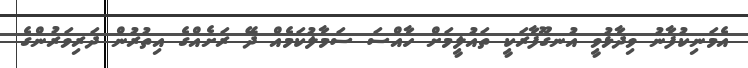
އެމަނިކުފާނު ވިދާޅުވީ އުނގޫފާރަކީ ތައުލީމަށް ހާއްސަ ސަމާލުކަމެއް ދޭ ރަށެއްގެ އިތުރުން ދަރިވަރުންގެ